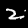
Label: 2